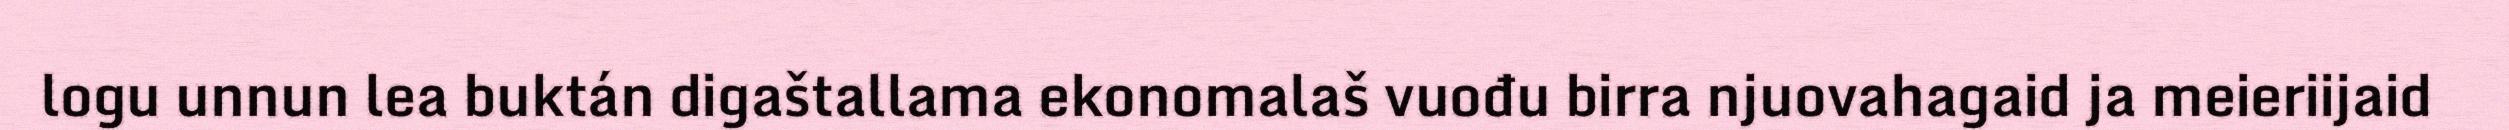
logu unnun lea buktán digaštallama ekonomalaš vuođu birra njuovahagaid ja meieriijaid